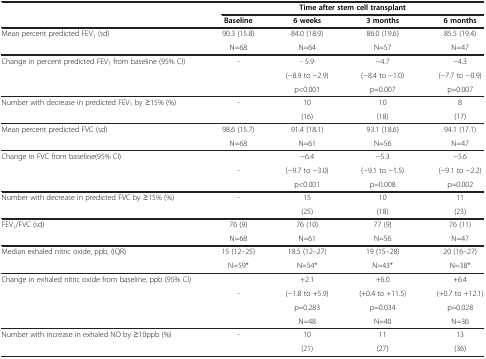
<table><thead><tr><td><b> </b></td><td colspan="4"><b>Time after stem cell transplant</b></td></tr><tr><td><b> </b></td><td><b>Baseline</b></td><td><b>6 weeks</b></td><td><b>3 months</b></td><td><b>6 months</b></td></tr></thead><tbody><tr><td>Mean percent predicted FEV<sub>1</sub> (sd)</td><td>90.3 (15.8)</td><td>84.0 (18.9)</td><td>86.0 (19.6)</td><td>85.5 (19.4)</td></tr><tr><td> </td><td>N=68</td><td>N=64</td><td>N=57</td><td>N=47</td></tr><tr><td>Change in percent predicted FEV<sub>1</sub> from baseline (95% CI)</td><td>-</td><td>- 5.9</td><td>−4.7</td><td>−4.3</td></tr><tr><td> </td><td> </td><td>(−8.9 to −2.9)</td><td>(−8.4 to −1.0)</td><td>(−7.7 to −0.9)</td></tr><tr><td> </td><td> </td><td>p&lt;0.001</td><td>p=0.007</td><td>p=0.007</td></tr><tr><td>Number with decrease in predicted FEV<sub>1</sub> by ≥15% (%)</td><td>-</td><td>10</td><td>10</td><td>8</td></tr><tr><td> </td><td> </td><td>(16)</td><td>(18)</td><td>(17)</td></tr><tr><td>Mean percent predicted FVC (sd)</td><td>98.6 (15.7)</td><td>91.4 (18.1)</td><td>93.1 (18.6)</td><td>94.1 (17.1)</td></tr><tr><td> </td><td>N=68</td><td>N=61</td><td>N=56</td><td>N=47</td></tr><tr><td>Change in FVC from baseline(95% CI)</td><td> </td><td>−6.4</td><td>−5.3</td><td>−5.6</td></tr><tr><td> </td><td>-</td><td>(−9.7 to −3.0)</td><td>(−9.1 to −1.5)</td><td>(−9.1 to −2.2)</td></tr><tr><td> </td><td> </td><td>p&lt;0.001</td><td>p=0.008</td><td>p=0.002</td></tr><tr><td>Number with decrease in predicted FVC by ≥15% (%)</td><td>-</td><td>15</td><td>10</td><td>11</td></tr><tr><td> </td><td> </td><td>(25)</td><td>(18)</td><td>(23)</td></tr><tr><td>FEV<sub>1</sub>/FVC (sd)</td><td>76 (9)</td><td>76 (10)</td><td>77 (9)</td><td>76 (11)</td></tr><tr><td> </td><td>N=68</td><td>N=61</td><td>N=56</td><td>N=47</td></tr><tr><td>Median exhaled nitric oxide, ppb, (IQR)</td><td>15 (12–25)</td><td>18.5 (12–27)</td><td>19 (15–28)</td><td>20 (16–27)</td></tr><tr><td> </td><td>N=59*</td><td>N=54*</td><td>N=43*</td><td>N=38*</td></tr><tr><td>Change in exhaled nitric oxide from baseline, ppb (95% CI)</td><td> </td><td>+2.1</td><td>+6.0</td><td>+6.4</td></tr><tr><td> </td><td>-</td><td>(−1.8 to +5.9)</td><td>(+0.4 to +11.5)</td><td>(+0.7 to +12.1)</td></tr><tr><td> </td><td> </td><td>p=0.283</td><td>p=0.034</td><td>p=0.028</td></tr><tr><td> </td><td> </td><td>N=48</td><td>N=40</td><td>N=36</td></tr><tr><td>Number with increase in exhaled NO by ≥10ppb (%)</td><td>-</td><td>10</td><td>11</td><td>13</td></tr><tr><td> </td><td> </td><td>(21)</td><td>(27)</td><td>(36)</td></tr></tbody></table>